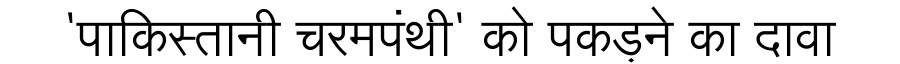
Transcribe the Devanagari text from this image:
'पाकिस्तानी चरमपंथी' को पकड़ने का दावा